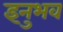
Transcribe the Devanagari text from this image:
इनुभव